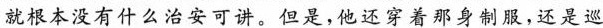
就根本没有什么治安可讲。但是，他还穿着那身制服，还是巡